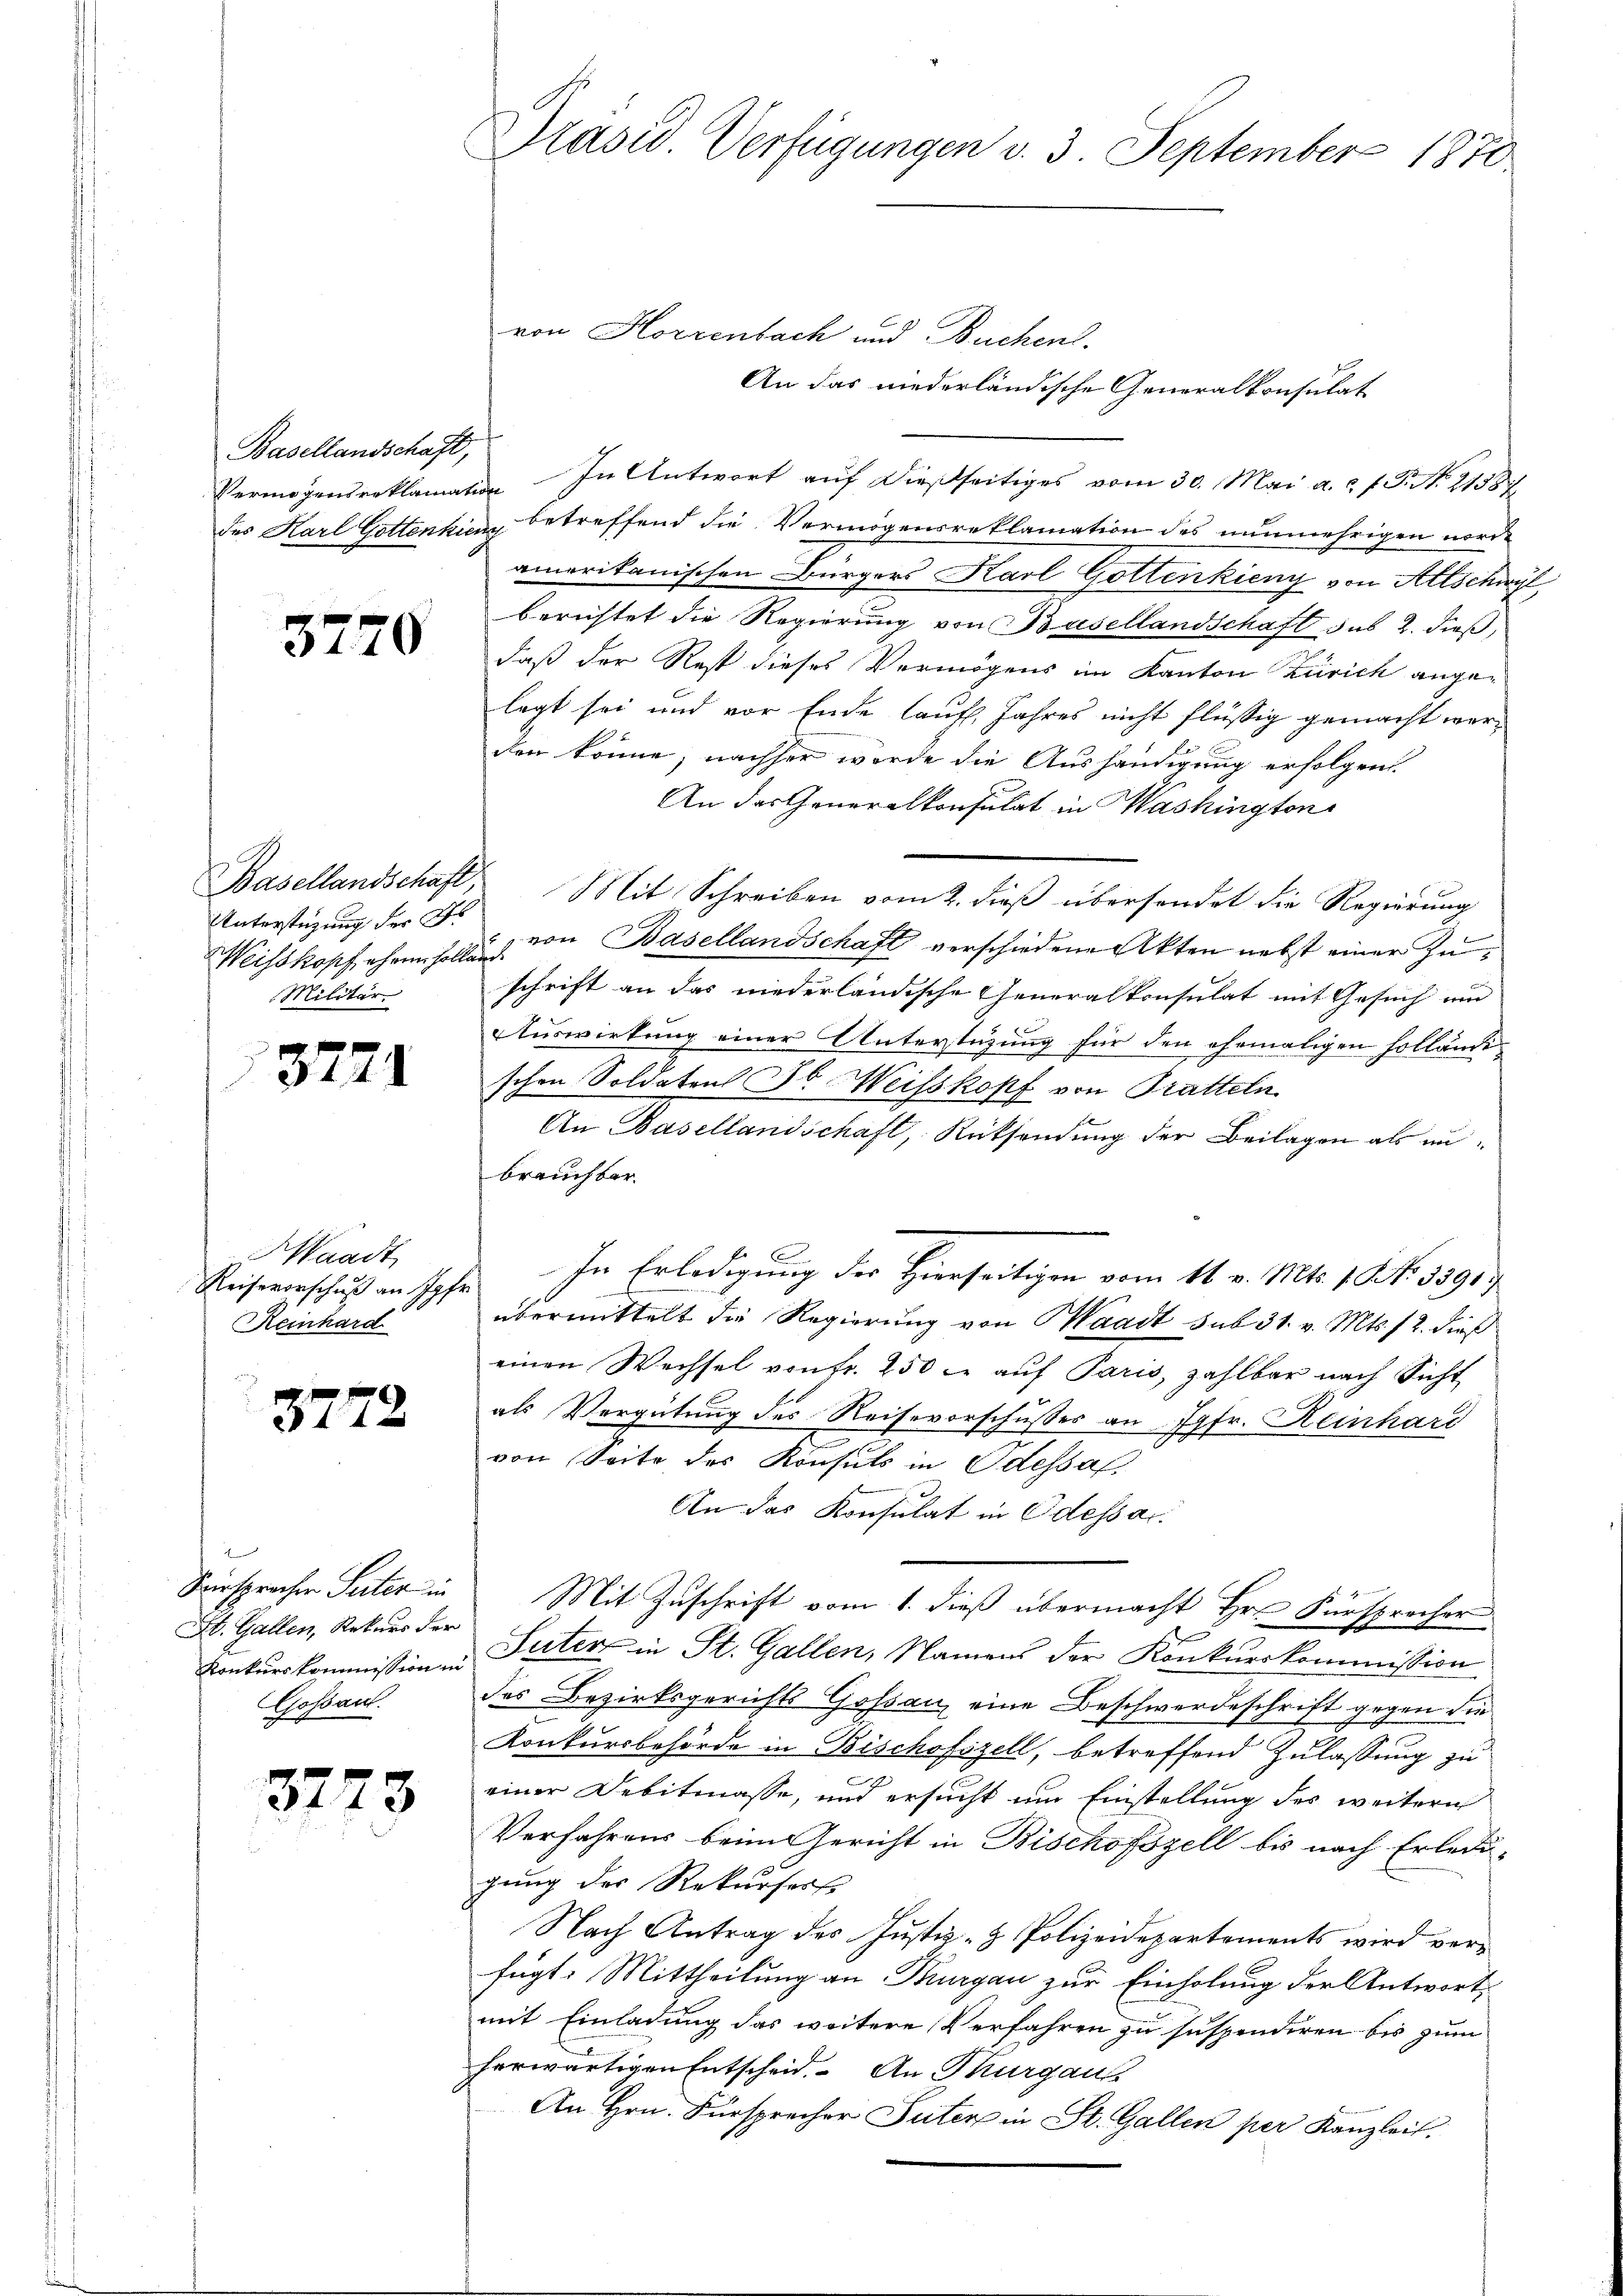
Basellandschaft,

37

Basellandschaft,
Unterstüzung der Ge
Militär

32

Waadt
Reinhard

32

32

70

1

.

me
Hirsprechen Seiter in
St. Gallen, Rekurs der
Jossant.
3

73

Präsid. Verfügungen v. 3. September 1870

von Horrenbach und Buchen.
An das niederländische Generalkonsulat
Vermögensreklamation. In Antwort auf dießseitiges vom 30. Mai a. f. P. Nr. 2138
des Karl Gottenkienz betreffend die Vermögensreklamation des nunmehrigen nordamerikanischen Bürgers Karl Gottenkieny von Altschwyt
berichtet die Regierung von Basellandschaft sub 2. dieß,
daß der Rest dieses Vermögens im Kanton Zürich angelegt sei und vor Ende lauf. Jahres nicht flüssig gemacht werden könne; nachher werde die Aushändigung erfolgen.
An das Generalkonsulat in Washington
Mit Schreiben vom 2. dieß übersendet die Regierung
Weisskopf ehe s. von Basellandschaft verschiedene Akten nebst einer Zuschrift an das niederländische Generalkonsulat mit Gesuch und
Auswirkung einer Unterstützung für den ehemaligen Holländi
schen Soldaten Jb. Weisskopf von Pratteln
An Basellandschaft, Rücksendung der Beilagen als unbrauchbar.
e
Reiseverschuß an Hofe. In Erledigung der Hierseitigen vom 11. v. Mts. 1. N. 3391
übermittelt die Regierung von Waadt sub 31. v. Mts. 12. dieß
einen Wechsel von fr. 250 l. auf Paris, zahlbar nach Sicht
als Vergütung des Reisevorschusses an Jgfr. Reinhard
von Seite des Konsuls in Odessal
An das Konsulat in Odessar.
Mit Zuschrift vom 1. dieß übermacht Hrn. Fürsprecher
Konkŭrs kommissionen Peter in St. Gallen, Namens der Konkurskommission
des Bezirksgerichts Gossau, eine Beschwerdeschrift gegen die
Konkursbehörde in Bischofszell, betreffend Zulassung zu
einer Debitmasse, und ersucht um Einstellung des weitern
Verfahrens beim Gericht in Bischofszell bis nach Erledi-
gung des Rekursess
Nach Antrag des Justiz- & Polizeidepartements wird verfügt: Mittheilung an Thurgau zur Einholung der Antwortmit Einladung das weitere Verfahren zu suspendiren bis zum
herwärtigen Entscheid. An Thurgau
An Hrn. Fürsprecher Seiter in St. Gallen per Kanzlei.